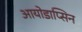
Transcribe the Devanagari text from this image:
आयोडाप्सिन